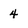
Character: 4